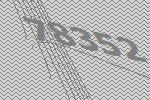
78352